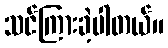
သင်ကြားခဲ့ပါတယ်။